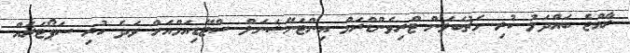
ރާއްޖެ ބައްދަލު ކުރި މެޗުބަލަން ޓްރިވެންޑްރަމް އިންޓަނޭޝަނަލް ސްޓޭޑިއަމްއަށް ވަދެ ހުރި ސަޕޯޓަރެއް